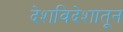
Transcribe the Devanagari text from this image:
देशविदेशातून